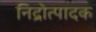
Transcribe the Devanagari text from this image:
निद्रोत्पादक